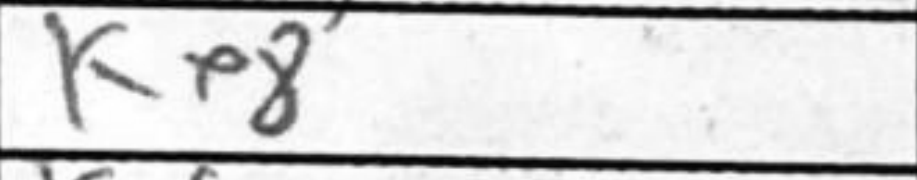
Transcription: Ke8